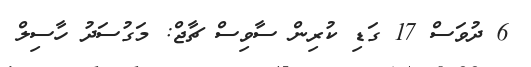
6 ދުވަސް 17 ގަޑި ކުރިން ސާވިސް ޗާޖް: މަގުސަދު ހާސިލް